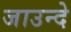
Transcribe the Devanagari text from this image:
जाउन्दे